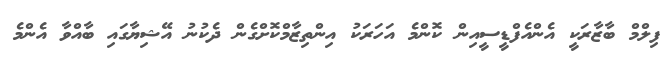
ފިލްމް ބާޒާރަކީ އެންއެފްޑީސީއިން ކޮންމެ އަހަރަކު އިންތިޒާމްކޮށްގެން ދެކުނު އޭޝިޔާގައި ބާއްވާ އެންމެ